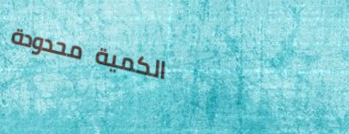
الكمية محدودة